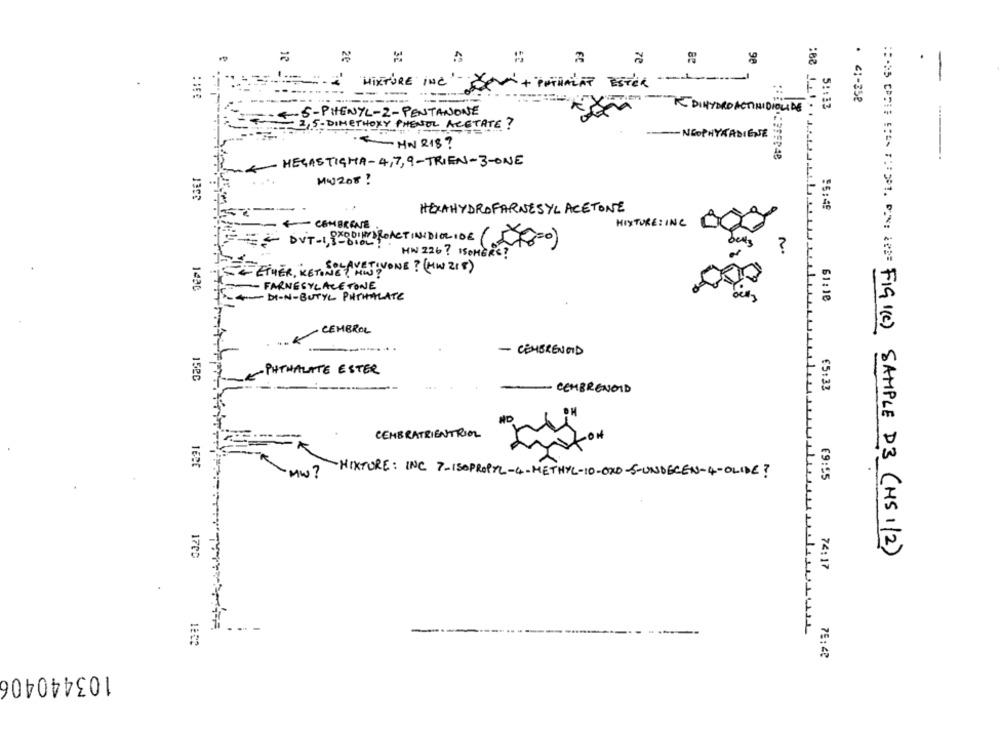
20
4
2
ze
MIXTURE INC-
Den + PHTHALAT ESTER
=
--
. 41-358
KDIHYDRO ACTINIDIOUDE
5 :: 13
4-5-PHENYL-2-PENTANONE
,5-DIMETHOXY PHENOL ACETATE?
-- NEOPHYKADIENE
MW 218?
4- HEGASTICHA- 4,7, 9-TRIEN-3-ONE
MW208 !
1388
HELAHYDROFARNESYL ACETONE
56:49
- CEMBRENE
MIXTURE : INC
= = DVT - 1, 1-8162
ODIMOROACTINIDIOLIDE ( 18=0)
?
HW 226? WOHER
SOLAVETIVONE? (MW 218)
ETHER, KETONETHIS?
FARNESYL ACETONE
1430
DI-N-BUTYL PHTHALATE
61:18
- CEMBROL
.K
- COMERENDID
PHTHALATE ESTER
152C
£5:33
- CEMBRENOID
ND
CEMBRATRIENTRIOL
-MIXTURE: INC 7-ISOPROPYL-4-METHYL-10-0X0-S-UNDECEN-4-OLIDE?
RAW ?
69:55
17CC
MAIS CONHE CIEN TEM. PIN U FIG (c) SAMPLE D3 (HS 1/2)
74:17
LULULL
75:48
103440406